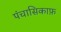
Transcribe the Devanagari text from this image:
पंचासिकाफ़